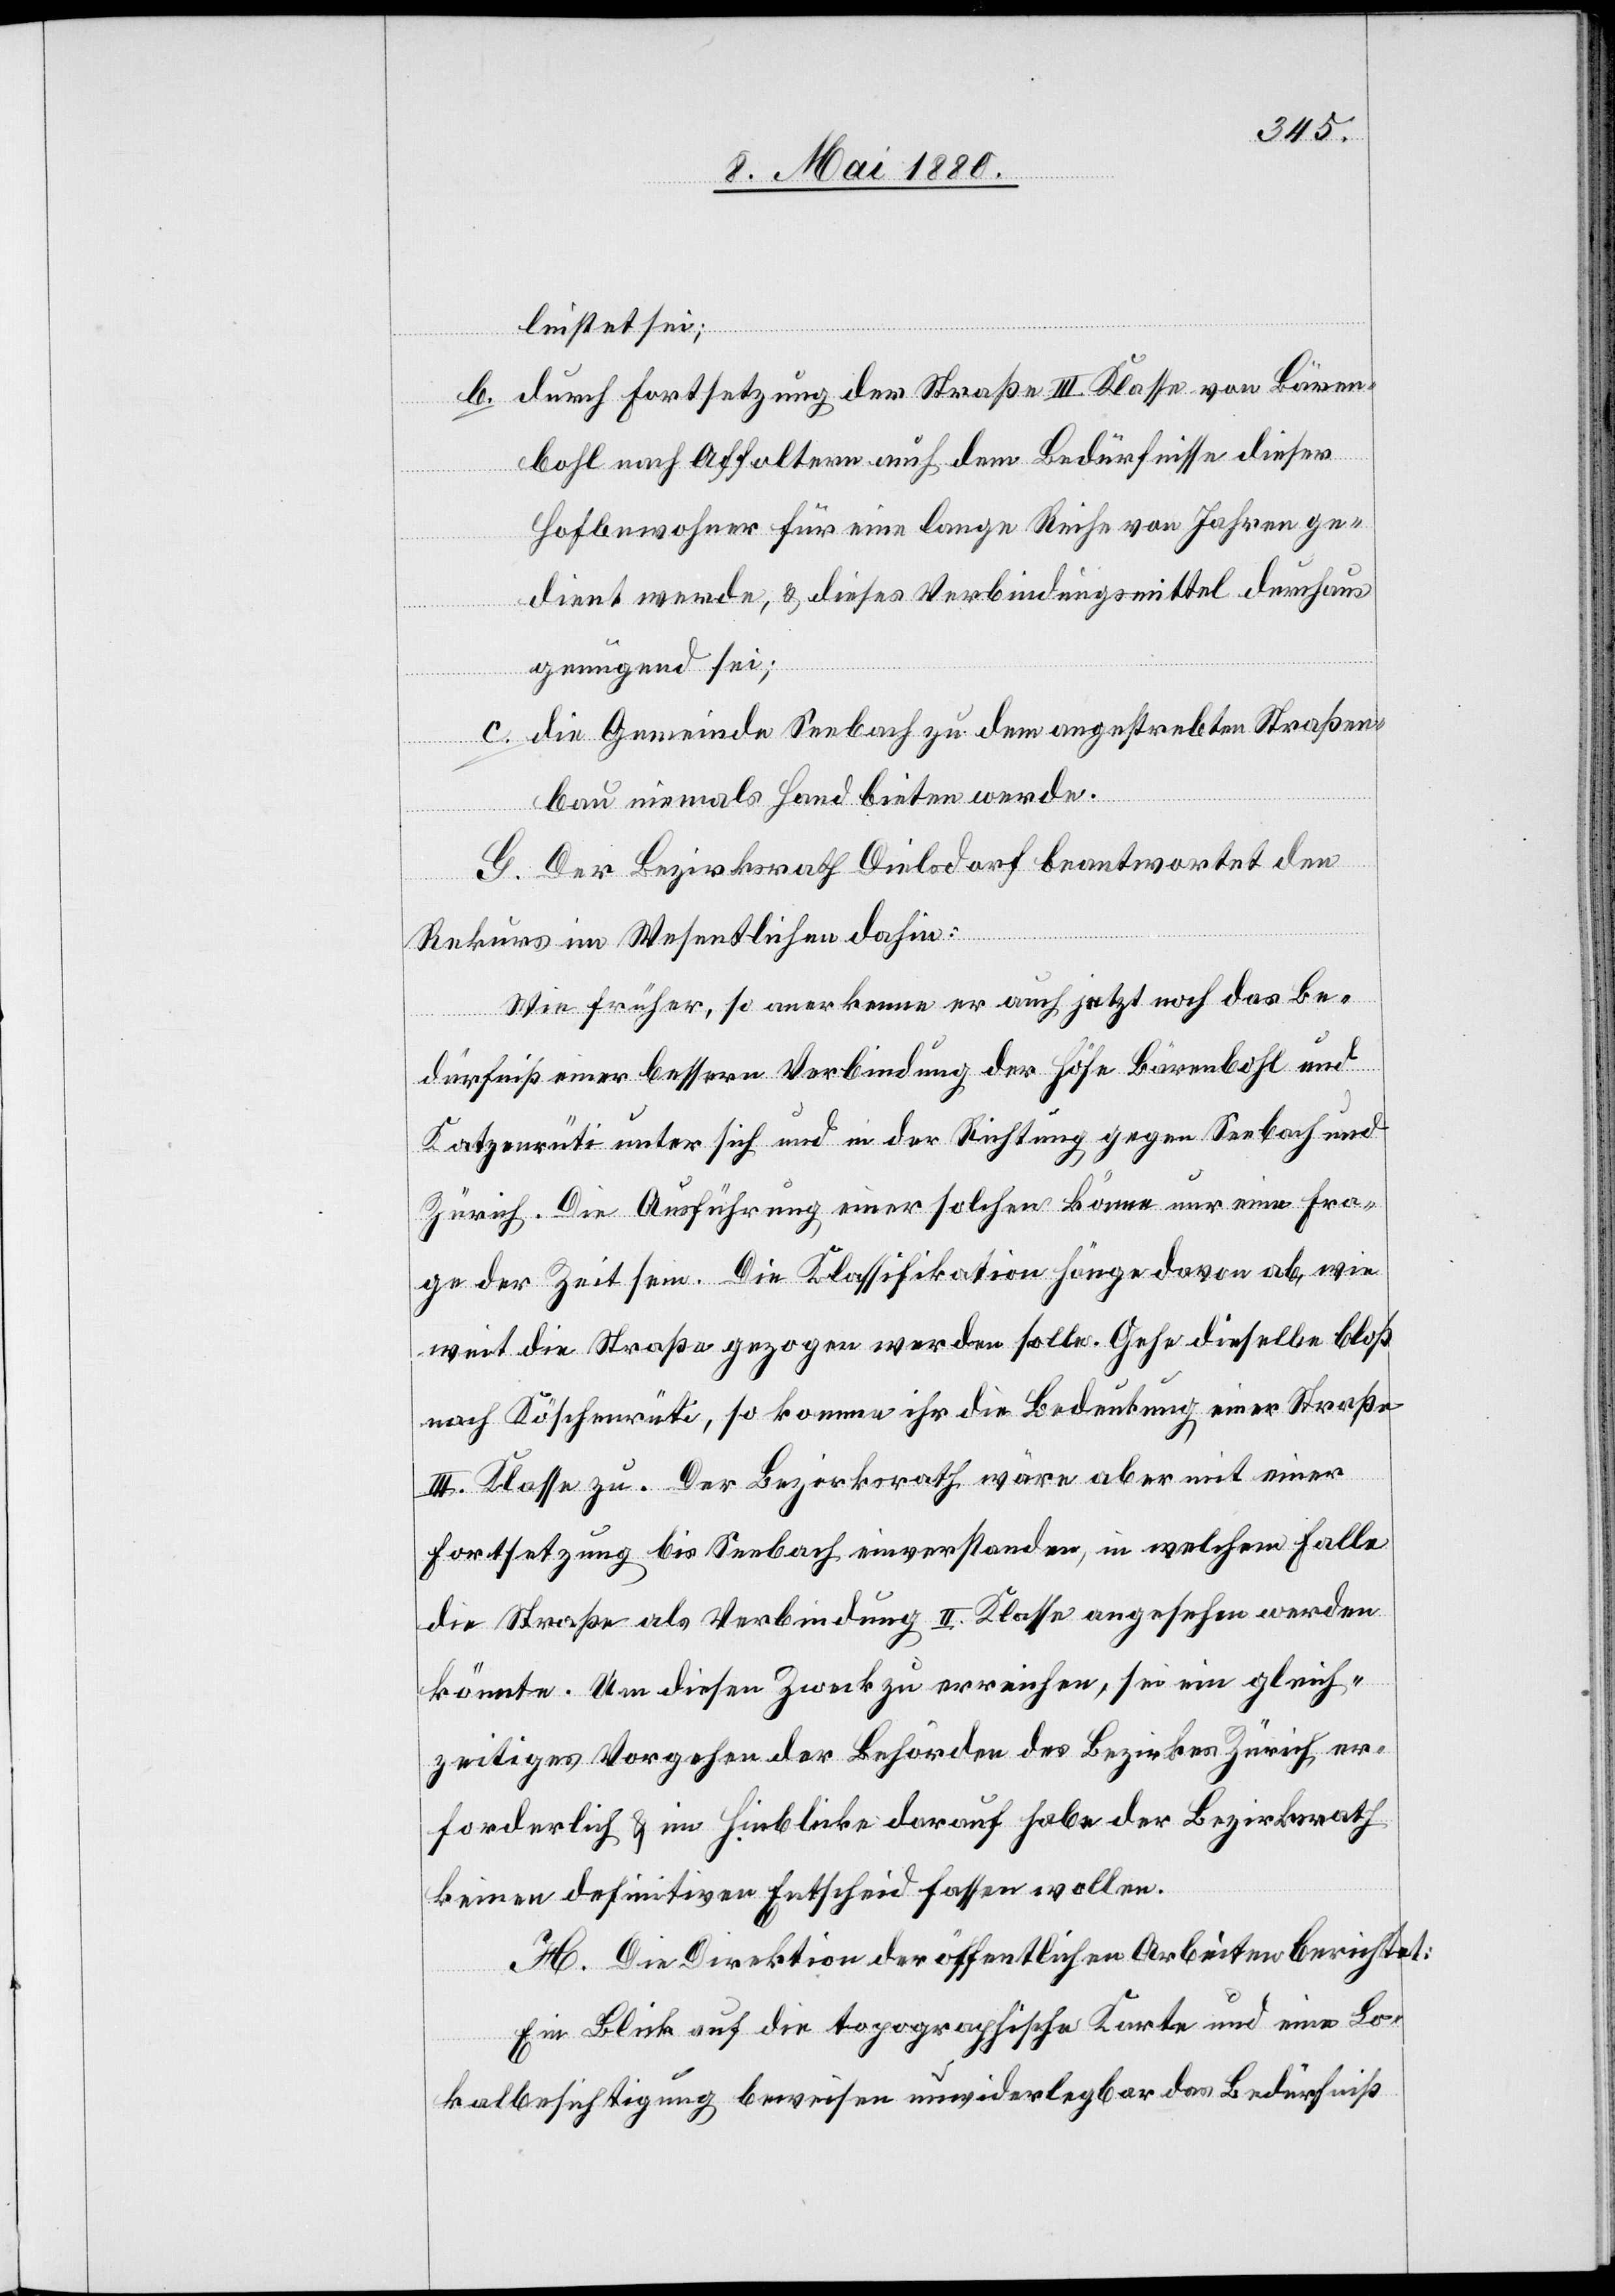
leistet sei;
b. durch Fortsetzung der Straße III. Klasse von Bären¬
bohl nach Affoltern auch dem Bedürfnisse dieser
Hofbewohner für eine lange Reihe von Jahren ge¬
dient werde, & dieses Verbindungsmittel durchaus
genügend sei;
c. die Gemeinde Seebach zu dem angestrebten Straßen¬
bau niemals Hand bieten werde.
G. Der Bezirksrath Dielsdorf beantwortet den
Rekurs im Wesentlichen dahin:
Wie früher, so anerkenne er auch jetzt noch das Be¬
dürfniß einer bessern Verbindung der Höfe Bärenbohl und
Katzenrüti unter sich und in der Richtung gegen Seebach und
Zürich. Die Ausführung einer solchen könne nur eine Fra¬
ge der Zeit sein. Die Klassifikation hänge davon ab, wie
weit die Straße gezogen werden solle. Gehe dieselbe bloß
nach Köschenrüti, so komme ihr die Bedeutung einer Straße
III. Klasse zu. Der Bezirksrath wäre aber mit einer
Fortsetzung bis Seebach einverstanden, in welchem Falle
die Straße als Verbindung II. Klasse angesehen werden
könnte. Um diesen Zweck zu erreichen, sei ein gleich¬
zeitiges Vorgehen der Behörden des Bezirkes Zürich er¬
forderlich & im Hinblick darauf habe der Bezirksrath
keinen definitiven Entscheid fassen wollen.
H. Die Direktion der öffentlichen Arbeiten berichtet:
Ein Blick auf die topographische Karte und eine Lo¬
kalbesichtigung beweisen unwiderlegbar das Bedürfniß